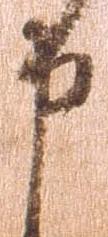
申